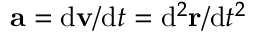
\mathbf { a } = \mathrm { d } \mathbf { v } / \mathrm { d } t = \mathrm { d } ^ { 2 } \mathbf { r } / \mathrm { d } t ^ { 2 }